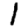
Digit: 1